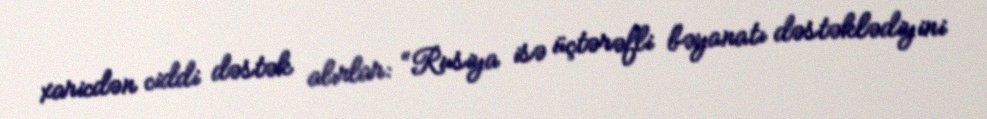
xaricdən ciddi dəstək alırlar: “Rusiya isə üçtərəfli bəyanatı dəstəklədiyini